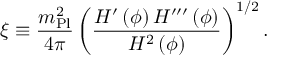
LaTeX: \xi \equiv { \frac { m _ { \mathrm { P l } } ^ { 2 } } { 4 \pi } } \left( { \frac { H ^ { \prime } \left( \phi \right) H ^ { \prime \prime \prime } \left( \phi \right) } { H ^ { 2 } \left( \phi \right) } } \right) ^ { 1 / 2 } .